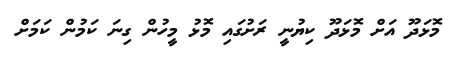
މޮޅަދޫ އަށް މޮޅަދޫ ކިޔުނީ ރަށުގައި މޮޅު މީހުން ގިނަ ކަމުން ކަމަށް